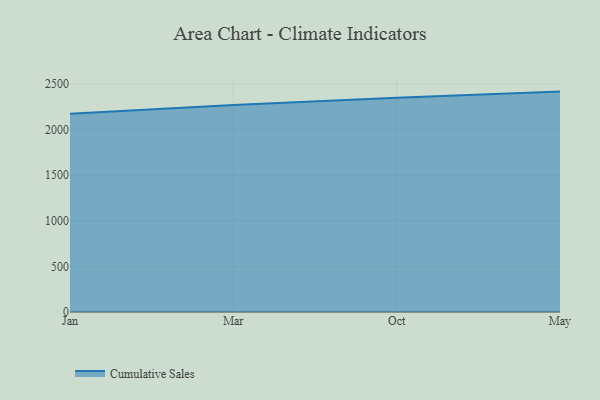
{"axis": {"x": "Month", "y": "Gross Profit (USD K)"}, "legend": ["Cumulative Sales"], "data": [{"x": "Jan", "y": 2175.3, "type": "Cumulative Sales"}, {"x": "Mar", "y": 2271.2, "type": "Cumulative Sales"}, {"x": "Oct", "y": 2348.5, "type": "Cumulative Sales"}, {"x": "May", "y": 2417.3, "type": "Cumulative Sales"}]}